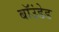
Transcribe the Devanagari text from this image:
बॉउंडेड